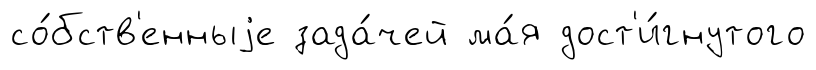
со́бств'енныjе зада́чей ма́я дост'и́гнутого